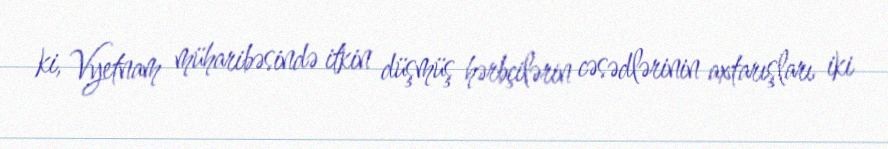
ki, Vyetnam müharibəsində itkin düşmüş hərbçilərin cəsədlərinin axtarışları iki